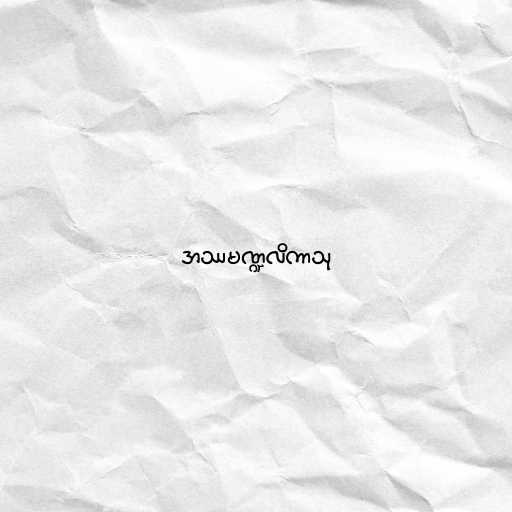
အဿမဏ္ဍလိကာသု